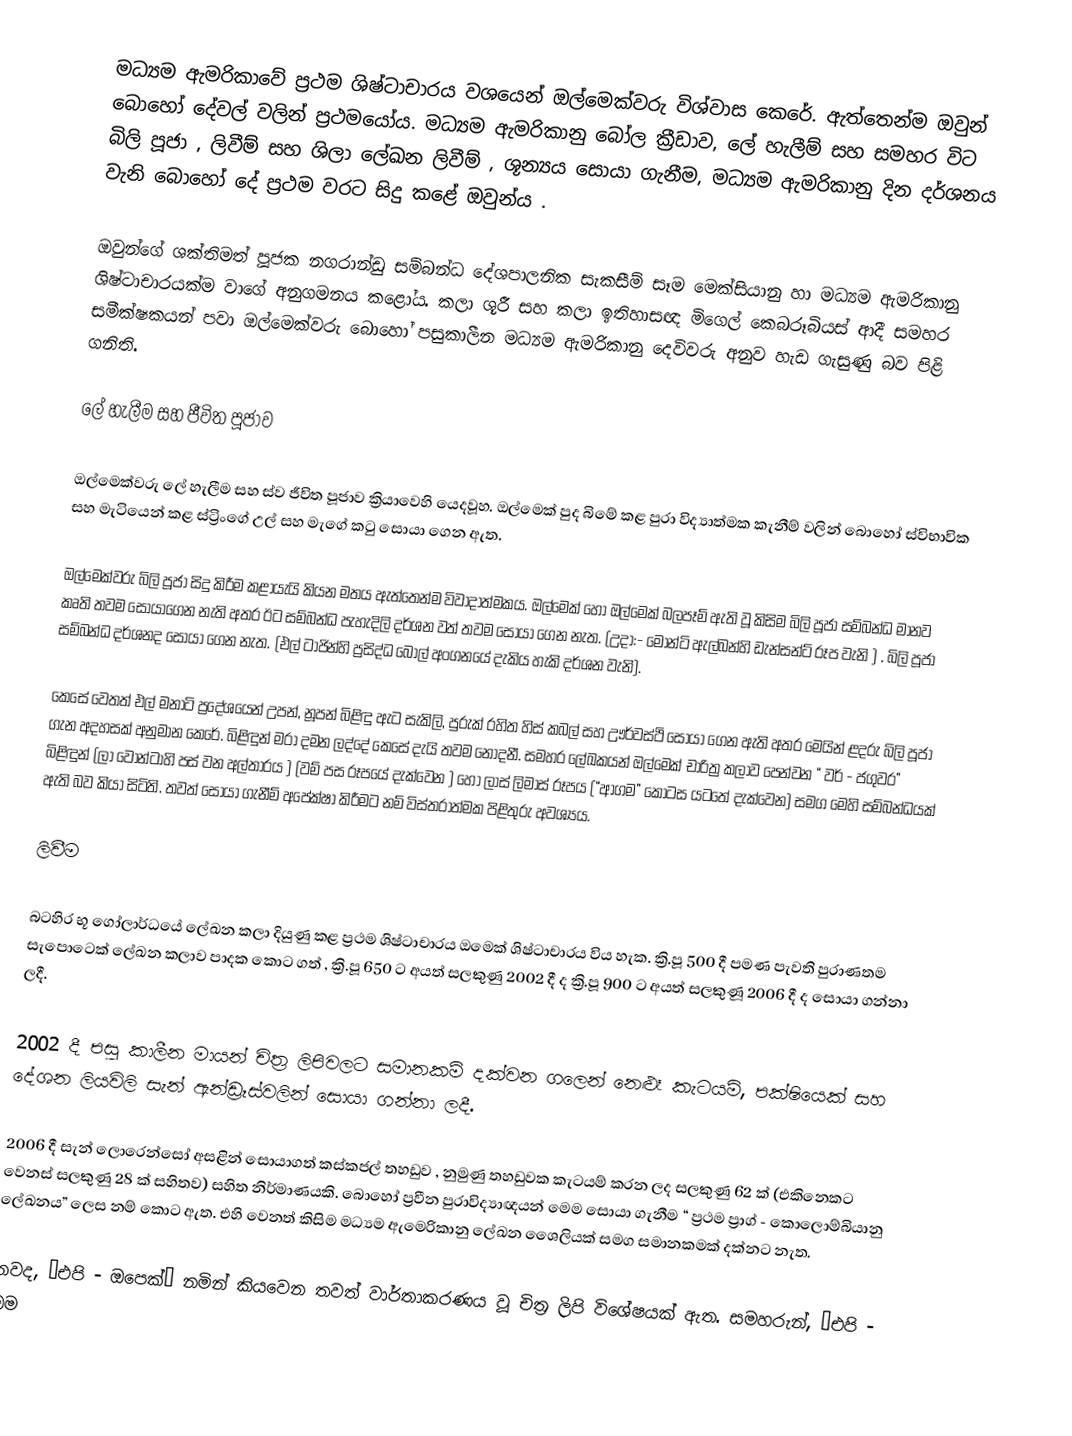
මධ්‍යම  ඇමරිකාවේ ප්‍රථම ශිෂ්ටාචාරය වශයෙන් ඔල්මෙක්වරු විශ්වාස කෙරේ. ඇත්තෙන්ම ඔවුන් බොහෝ දේවල් වලින් ප්‍රථමයෝය. මධ්‍යම ඇමරිකානු බෝල ක්‍රීඩාව, ලේ හැලීම් සහ සමහර විට බිලි පූජා , ලිවීම් සහ ශිලා ලේඛන ලිවීම් , ශූන්‍යය සොයා ගැනීම, මධ්‍යම ඇමරිකානු දින දර්ශනය වැනි බොහෝ දේ ප්‍රථම වරට සිදු කළේ ඔවුන්ය .

ඔවුන්ගේ ශක්තිමත් පූජක නගරාන්ඩු සම්බන්ධ දේශපාලනික සැකසීම් සෑම මෙක්සියානු හා මධ්‍යම ඇමරිකානු ශිෂ්ටාචාරයක්ම වාගේ අනුගමනය කළෝය. කලා ශූරී සහ කලා ඉතිහාසඥ මිගෙල් කෙබරූබියස් ආදී සමහර සමීක්ෂකයන් පවා ඔල්මෙක්වරු බොහෝ පසුකාලීන මධ්‍යම ඇමරිකානු දෙවිවරු අනුව හැඩ ගැසුණු බව පිළි ගනිති.

ලේ හැලීම සහ ජීවිත පූජාව

ඔල්මෙක්වරු ලේ හැලීම සහ ස්ව ජීවිත පූජාව ක්‍රියාවෙහි යෙදවූහ. ඔල්මෙක් පුද බිමේ කළ පුරා විද්‍යාත්මක කැනීම් වලින් බොහෝ ස්විභාවික සහ මැටියෙන් කළ ස්ට්‍රිංගේ උල් සහ මැගේ කටු සොයා ගෙන ඇත.

ඔල්මෙක්වරු බිලි පූජා සිදු කිරීම කළායැයි කියන මතය ඇත්තෙන්ම විවාදාත්මකය. ඔල්මෙක් හෝ ඔල්මෙක් බලපෑම් ඇති වූ කිසිම බිලි පූජා සම්බන්ධ මානව කෘති තවම සොයා‍ගෙන නැති අතර ඊට සම්බන්ධ පැහැදිලි දර්ශන වත් තවම සොයා ගෙන නැත. (උදා:- මොන්ටි ඇල්බන්හි ඩැන්සන්ට් රූප වැනි ) . බිලි පූජා සම්බන්ධ දර්ශනද ‍සොයා ගෙන නැත. (එල් ටාජින්හි ප්‍රසිද්ධ බෝල් අංගනයේ දැකිය හැකි දර්ශන වැනි).

කෙසේ වෙතත් එල් මනාටි ප්‍රදේශයෙන් උපන්, නූපන් බිළිඳු ඇට සැකිලි, පුරුක් රහිත හිස් කබල් සහ ඌර්වස්ථි සොයා ගෙන ඇති අතර මෙයින් ළදරු බිලි පූජා ගැන අදහසක් අනුමාන කෙරේ. බිළිඳුන් මරා දමන ලද්දේ කෙසේ දැයි තවම නොදනී. සමහර ලේඛකයන් ඔල්මෙක් චාරිත්‍ර කලාව පෙන්වන “ වර් - ජගුවර” බිළිඳුන් (ලා වොන්ටාහි පස් වන අල්තාරය ) (වම් පස රූපයේ දැක්වෙන ) හෝ ලාස් ලිමාස් රූපය (“ආගම” කොටස යටතේ දැක්වෙන) සමග මෙහි සම්බන්ධයක් ඇති බව කියා සිටිති. තවත් සොයා ගැනීම් අපේක්ෂා කිරීමට නම් විස්තරාත්මක පිළිතුරු අවශ්‍යය.

ලිවීම

බටහිර භූ ගෝලාර්ධයේ ලේඛන කලා දියුණු කළ ප්‍රථම ශිෂ්ටාචාරය ඔමෙක් ශිෂ්ටාචාරය විය හැක. ක්‍රි.පූ 500 දී පමණ පැවති පුරාණතම සැපොටෙක් ලේඛන කලාව පාදක කොට ගත් , ක්‍රි.පූ 650 ට අයත් සලකුණු 2002 දී ද ක්‍රි.පූ 900 ට අයත් සලකුණූ 2006 දී ද සොයා ගන්නා ලදී.

2002 දී පසු කාලීන මායන් චිත්‍ර ලිපිවලට සමානකම් දක්වන ගලෙන් නෙළූ කැටයම්, පක්ෂියෙක් සහ දේශන ලියවිලි සැන් ඇන්ඩ්‍රෑස්වලින් සොයා ගන්නා ලදී.

2006 දී සැන් ලොරෙන්සෝ අසළින් සොයාගත් කස්කජල් තහඩුව , නුමුණු තහඩුවක කැටයම් කරන ලද සලකුණු 62 ක් (එකිනෙකට වෙනස් සලකුණු 28 ක් සහිතව) සහිත නිර්මාණයකි. බොහෝ ප්‍රවීන පුරාවිද්‍යාඥයන් මෙම සොයා ගැනීම “ ප්‍රථම ප්‍රාග් - කොලොම්බියානු ලේඛනය” ලෙස නම් කොට ඇත. එහි වෙනත් කිසිම මධ්‍යම ඇමෙරිකානු ලේඛන ශෛලියක් සමග සමානකමක් දක්නට නැත.

තවද, “එපි - ඔපෙක්” නමින් කියවෙන තවත් වාර්තාකරණය වූ චිත්‍ර ලිපි විශේෂයක් ඇත. සමහරුන්, “එපි - ඔම